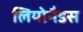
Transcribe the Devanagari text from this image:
लियोनैडस